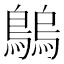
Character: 𪄝